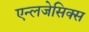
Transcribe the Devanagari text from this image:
एन्लजेसिक्स